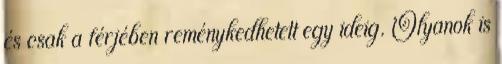
és csak a férjében reménykedhetett egy ideig. Olyanok is